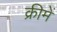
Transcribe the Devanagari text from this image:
क्रीमें